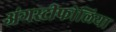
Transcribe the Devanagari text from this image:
अंगस्टीफोलिया